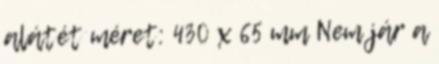
alátét méret: 430 x 65 mm Nem jár a